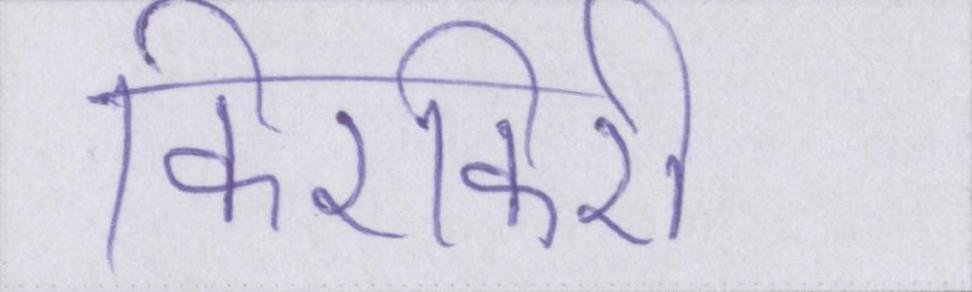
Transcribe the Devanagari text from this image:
किरकिरी